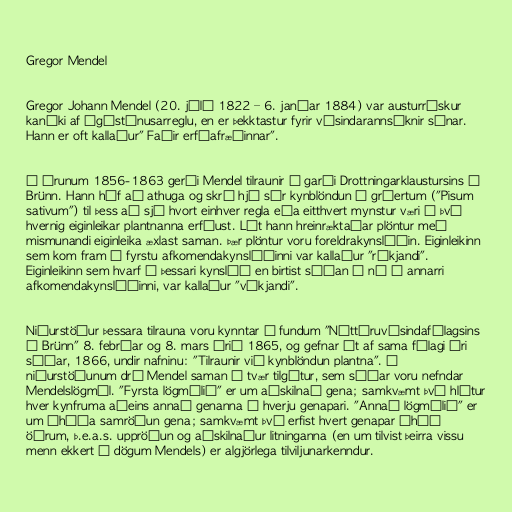
Gregor Mendel

Gregor Johann Mendel (20. júlí 1822 – 6. janúar 1884) var austurrískur
kanúki af Ágústínusarreglu, en er þekktastur fyrir vísindarannsóknir sínar.
Hann er oft kallaður" Faðir erfðafræðinnar".

Á árunum 1856-1863 gerði Mendel tilraunir í garði Drottningarklaustursins í
Brünn. Hann hóf að athuga og skrá hjá sér kynblöndun á gráertum ("Pisum
sativum") til þess að sjá hvort einhver regla eða eitthvert mynstur væri í því
hvernig eiginleikar plantnanna erfðust. Lét hann hreinræktaðar plöntur með
mismunandi eiginleika æxlast saman. Þær plöntur voru foreldrakynslóðin. Eiginleikinn
sem kom fram í fyrstu afkomendakynslóðinni var kallaður "ríkjandi".
Eiginleikinn sem hvarf í þessari kynslóð en birtist síðan á ný í annarri
afkomendakynslóðinni, var kallaður "víkjandi".

Niðurstöður þessara tilrauna voru kynntar á fundum "Náttúruvísindafélagsins
í Brünn" 8. febrúar og 8. mars árið 1865, og gefnar út af sama félagi ári
síðar, 1866, undir nafninu: "Tilraunir við kynblöndun plantna". Í
niðurstöðunum dró Mendel saman í tvær tilgátur, sem síðar voru nefndar
Mendelslögmál. "Fyrsta lögmálið" er um aðskilnað gena; samkvæmt því hlýtur
hver kynfruma aðeins annað genanna í hverju genapari. "Annað lögmálið" er
um óháða samröðun gena; samkvæmt því erfist hvert genapar óháð
öðrum, þ.e.a.s. uppröðun og aðskilnaður litninganna (en um tilvist þeirra vissu
menn ekkert á dögum Mendels) er algjörlega tilviljunarkenndur.